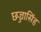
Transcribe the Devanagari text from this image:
छज्जासिंह